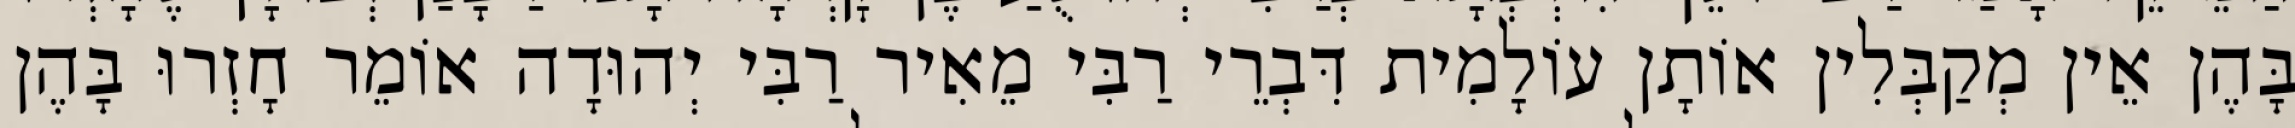
בָּהֶן אֵין מְקַבְּלִין אוֹתָן עוֹלָמִית דִּבְרֵי רַבִּי מֵאִיר רַבִּי יְהוּדָה אוֹמֵר חָזְרוּ בָּהֶן